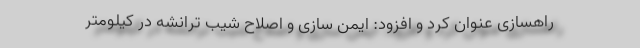
راهسازی عنوان کرد و افزود: ایمن سازی و اصلاح شیب ترانشه در کیلومتر